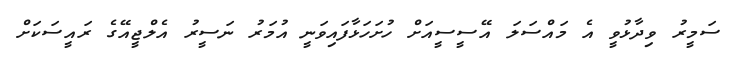
ސަމީރު ވިދާޅުވީ އެ މައްސަލަ އޭސީސީއަށް ހުށަހަޅާފައިވަނީ އުމަރު ނަސީރު އެެލްޖީއޭގެ ރައީސަކަށް